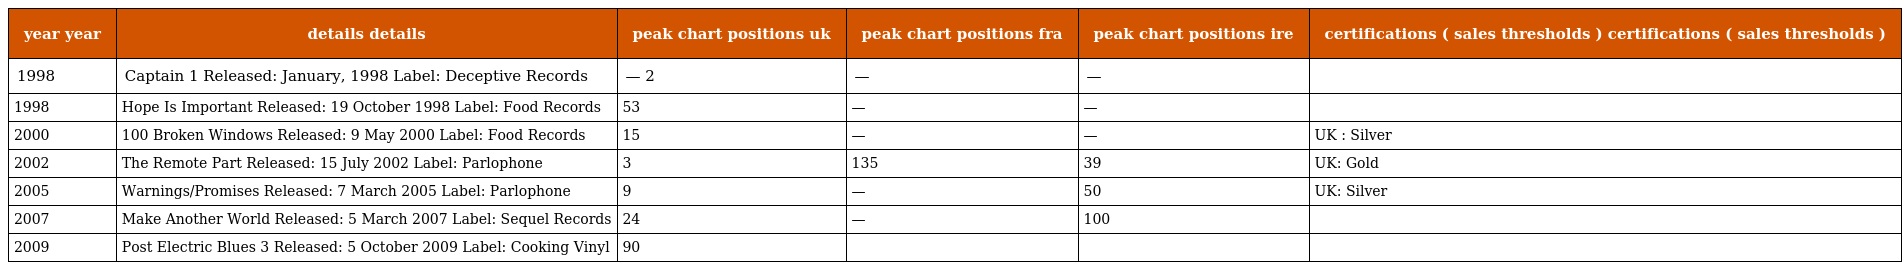
| year year | details details | peak chart positions uk | peak chart positions fra | peak chart positions ire | certifications ( sales thresholds ) certifications ( sales thresholds ) |
 | --- | --- | --- | --- | --- | --- |
 | 1998 | Captain 1 Released: January, 1998 Label: Deceptive Records | — 2 | — | — |  |
 | 1998 | Hope Is Important Released: 19 October 1998 Label: Food Records | 53 | — | — |  |
 | 2000 | 100 Broken Windows Released: 9 May 2000 Label: Food Records | 15 | — | — | UK : Silver |
 | 2002 | The Remote Part Released: 15 July 2002 Label: Parlophone | 3 | 135 | 39 | UK: Gold |
 | 2005 | Warnings/Promises Released: 7 March 2005 Label: Parlophone | 9 | — | 50 | UK: Silver |
 | 2007 | Make Another World Released: 5 March 2007 Label: Sequel Records | 24 | — | 100 |  |
 | 2009 | Post Electric Blues 3 Released: 5 October 2009 Label: Cooking Vinyl | 90 |  |  |  |